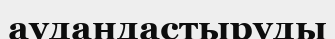
аудандастыруды